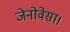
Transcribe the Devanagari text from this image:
जेनोवेसा।